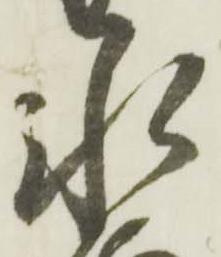
水